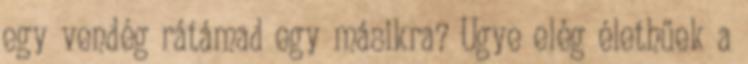
egy vendég rátámad egy másikra? Ugye elég élethűek a